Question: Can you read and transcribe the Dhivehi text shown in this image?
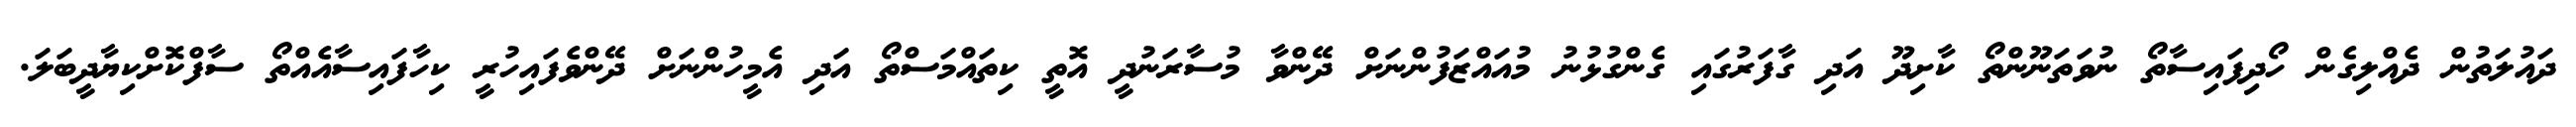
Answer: ދައުލަތުން ދެއްލިގެން ހޯދިފައިސާތޯ ނުވަތަނޫންތޯ ކާށިދޫ އަދި ގާފަރުގައި ގެންގުޅުނު މުއައްޒަފުންނަށް ދޭންވާ މުސާރަނުދީ އޮތީ ކިތައްމަސްތޯ އަދި އެމީހުންނަށް ދޭންވެފައިހުރީ ކިހާފައިސާއެއްތޯ ސާފްކޮށްކިޔާދީބަލަ.